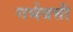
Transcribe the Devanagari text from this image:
गर्भवत्ती